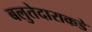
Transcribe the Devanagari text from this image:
बलुतेदाराकडे